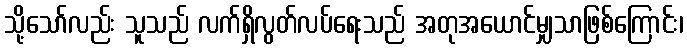
သို့သော်လည်း သူသည် လက်ရှိလွတ်လပ်ရေးသည် အတုအယောင်မျှသာဖြစ်ကြောင်း၊